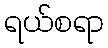
ရယ်စရာ